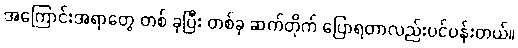
အကြောင်းအရာတွေ တစ် ခုပြီး တစ်ခု ဆက်တိုက် ပြောရတာလည်းပင်ပန်းတယ်။